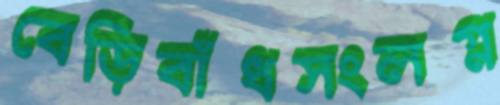
বেড়িবাঁধসংলগ্ন